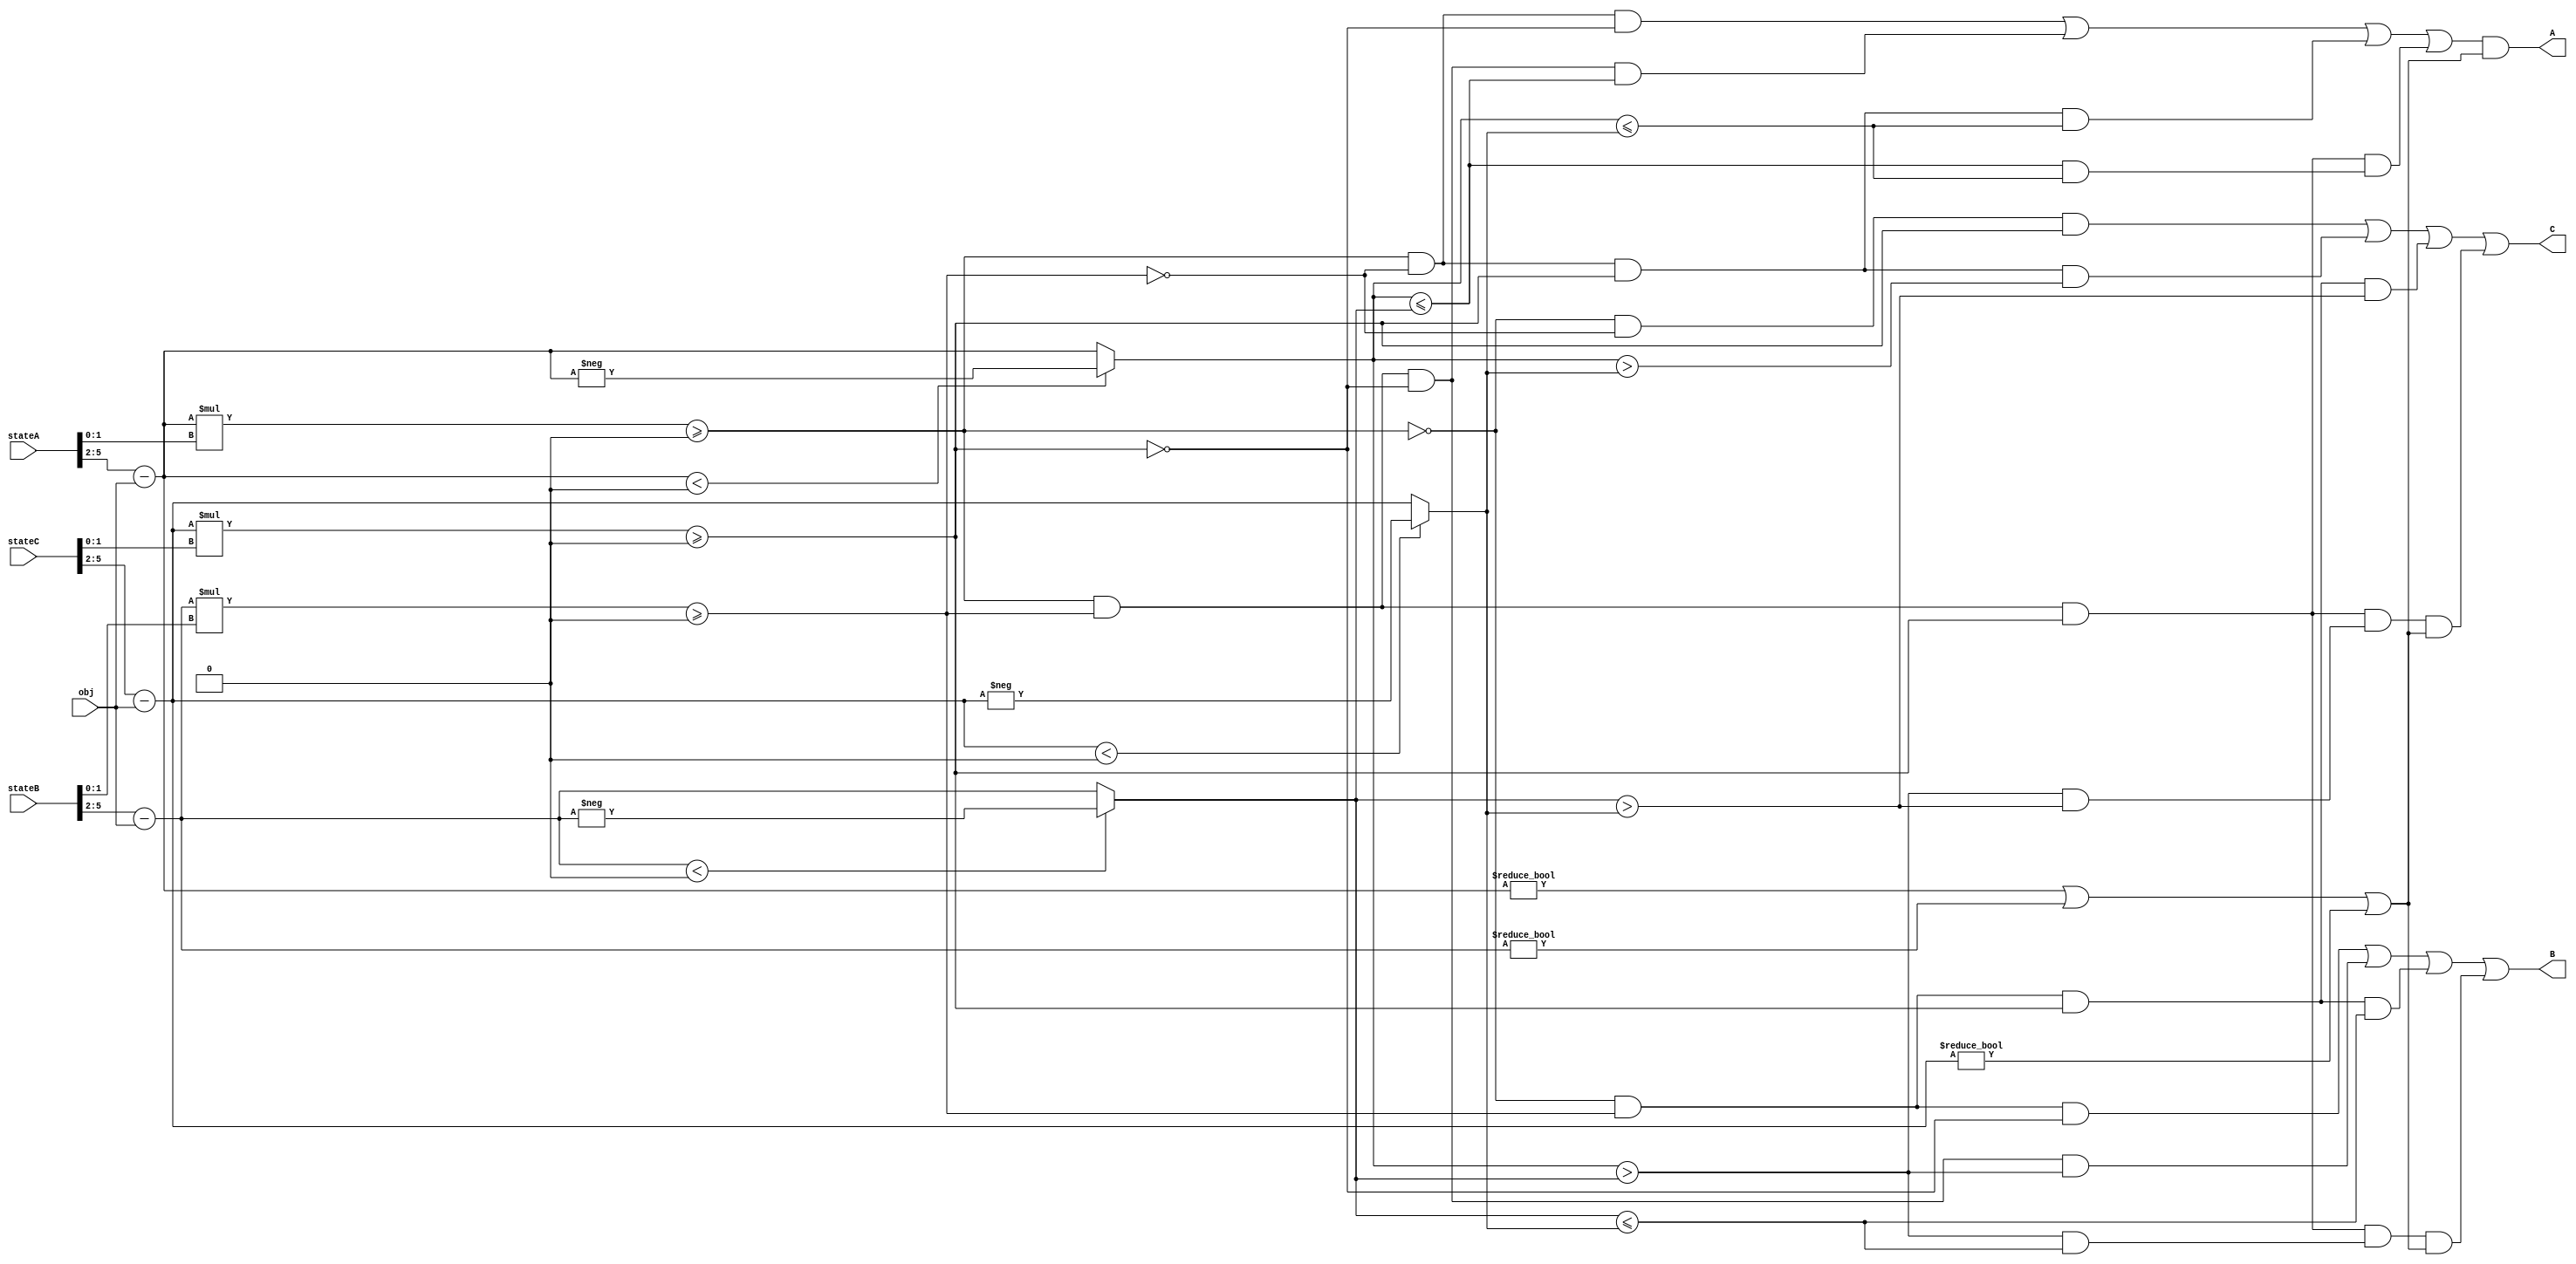
module prioritizer (
    stateA, stateB, stateC, obj, A, B, C
);
    input [5:0] stateA, stateB, stateC;
    input [3:0] obj;
    output reg A, B, C;


    reg signed [3:0] diffA, diffB, diffC;
    reg signed [1:0] udA, udB, udC;
    reg [3:0] absA, absB, absC;
    reg validA, validB, validC;

    // always #1 $display("%b", validA);
    always @(obj) begin
        udA = stateA[1:0]; udB = stateB[1:0]; udC = stateC[1:0];

    // sobe -1 ( 11 ), desce +1 ( 01 ), inativo 0 ( 00 );
    // andar atual - objetivo => positivo/negativo/0;
        diffA = (stateA[5:2] - obj);
        diffB = (stateB[5:2] - obj);
        diffC = (stateC[5:2] - obj);

        validA = diffA*udA>=0;
        validB = diffB*udB>=0;
        validC = diffC*udC>=0;

        if (diffA < 0)
            absA = -diffA; 
        else absA = diffA;
        if (diffB < 0)
            absB = -diffB; 
        else absB = diffB;
        if (diffC < 0)
            absC = -diffC; 
        else absC = diffC;

        A = (validA && ~validB && ~validC ||
            validA && validB && ~validC && (absA <= absB) ||
            validA && ~validB && validC && (absA <= absC) ||
            validA && validB && validC && (absA <= absB && absA <= absC)) && (diffA != 0 || diffB != 0 || diffC != 0);

        B = ~validA && validB && ~validC ||
            validA && validB && ~validC && (absA > absB) ||
            ~validA && validB && validC && (absB <= absC) ||
            validA && validB && validC && (absA > absB && absB <= absC) && (diffA != 0 || diffB != 0 || diffC != 0);

        C = ~validA && ~validB && validC ||
            validA && ~validB && validC && (absA > absC) ||
            ~validA && validB && validC && (absB > absC) ||
            validA && validB && validC && (absA > absB && absB > absC) && (diffA != 0 || diffB != 0 || diffC != 0);
    end

endmodule